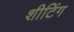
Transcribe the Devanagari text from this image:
शीटिंग